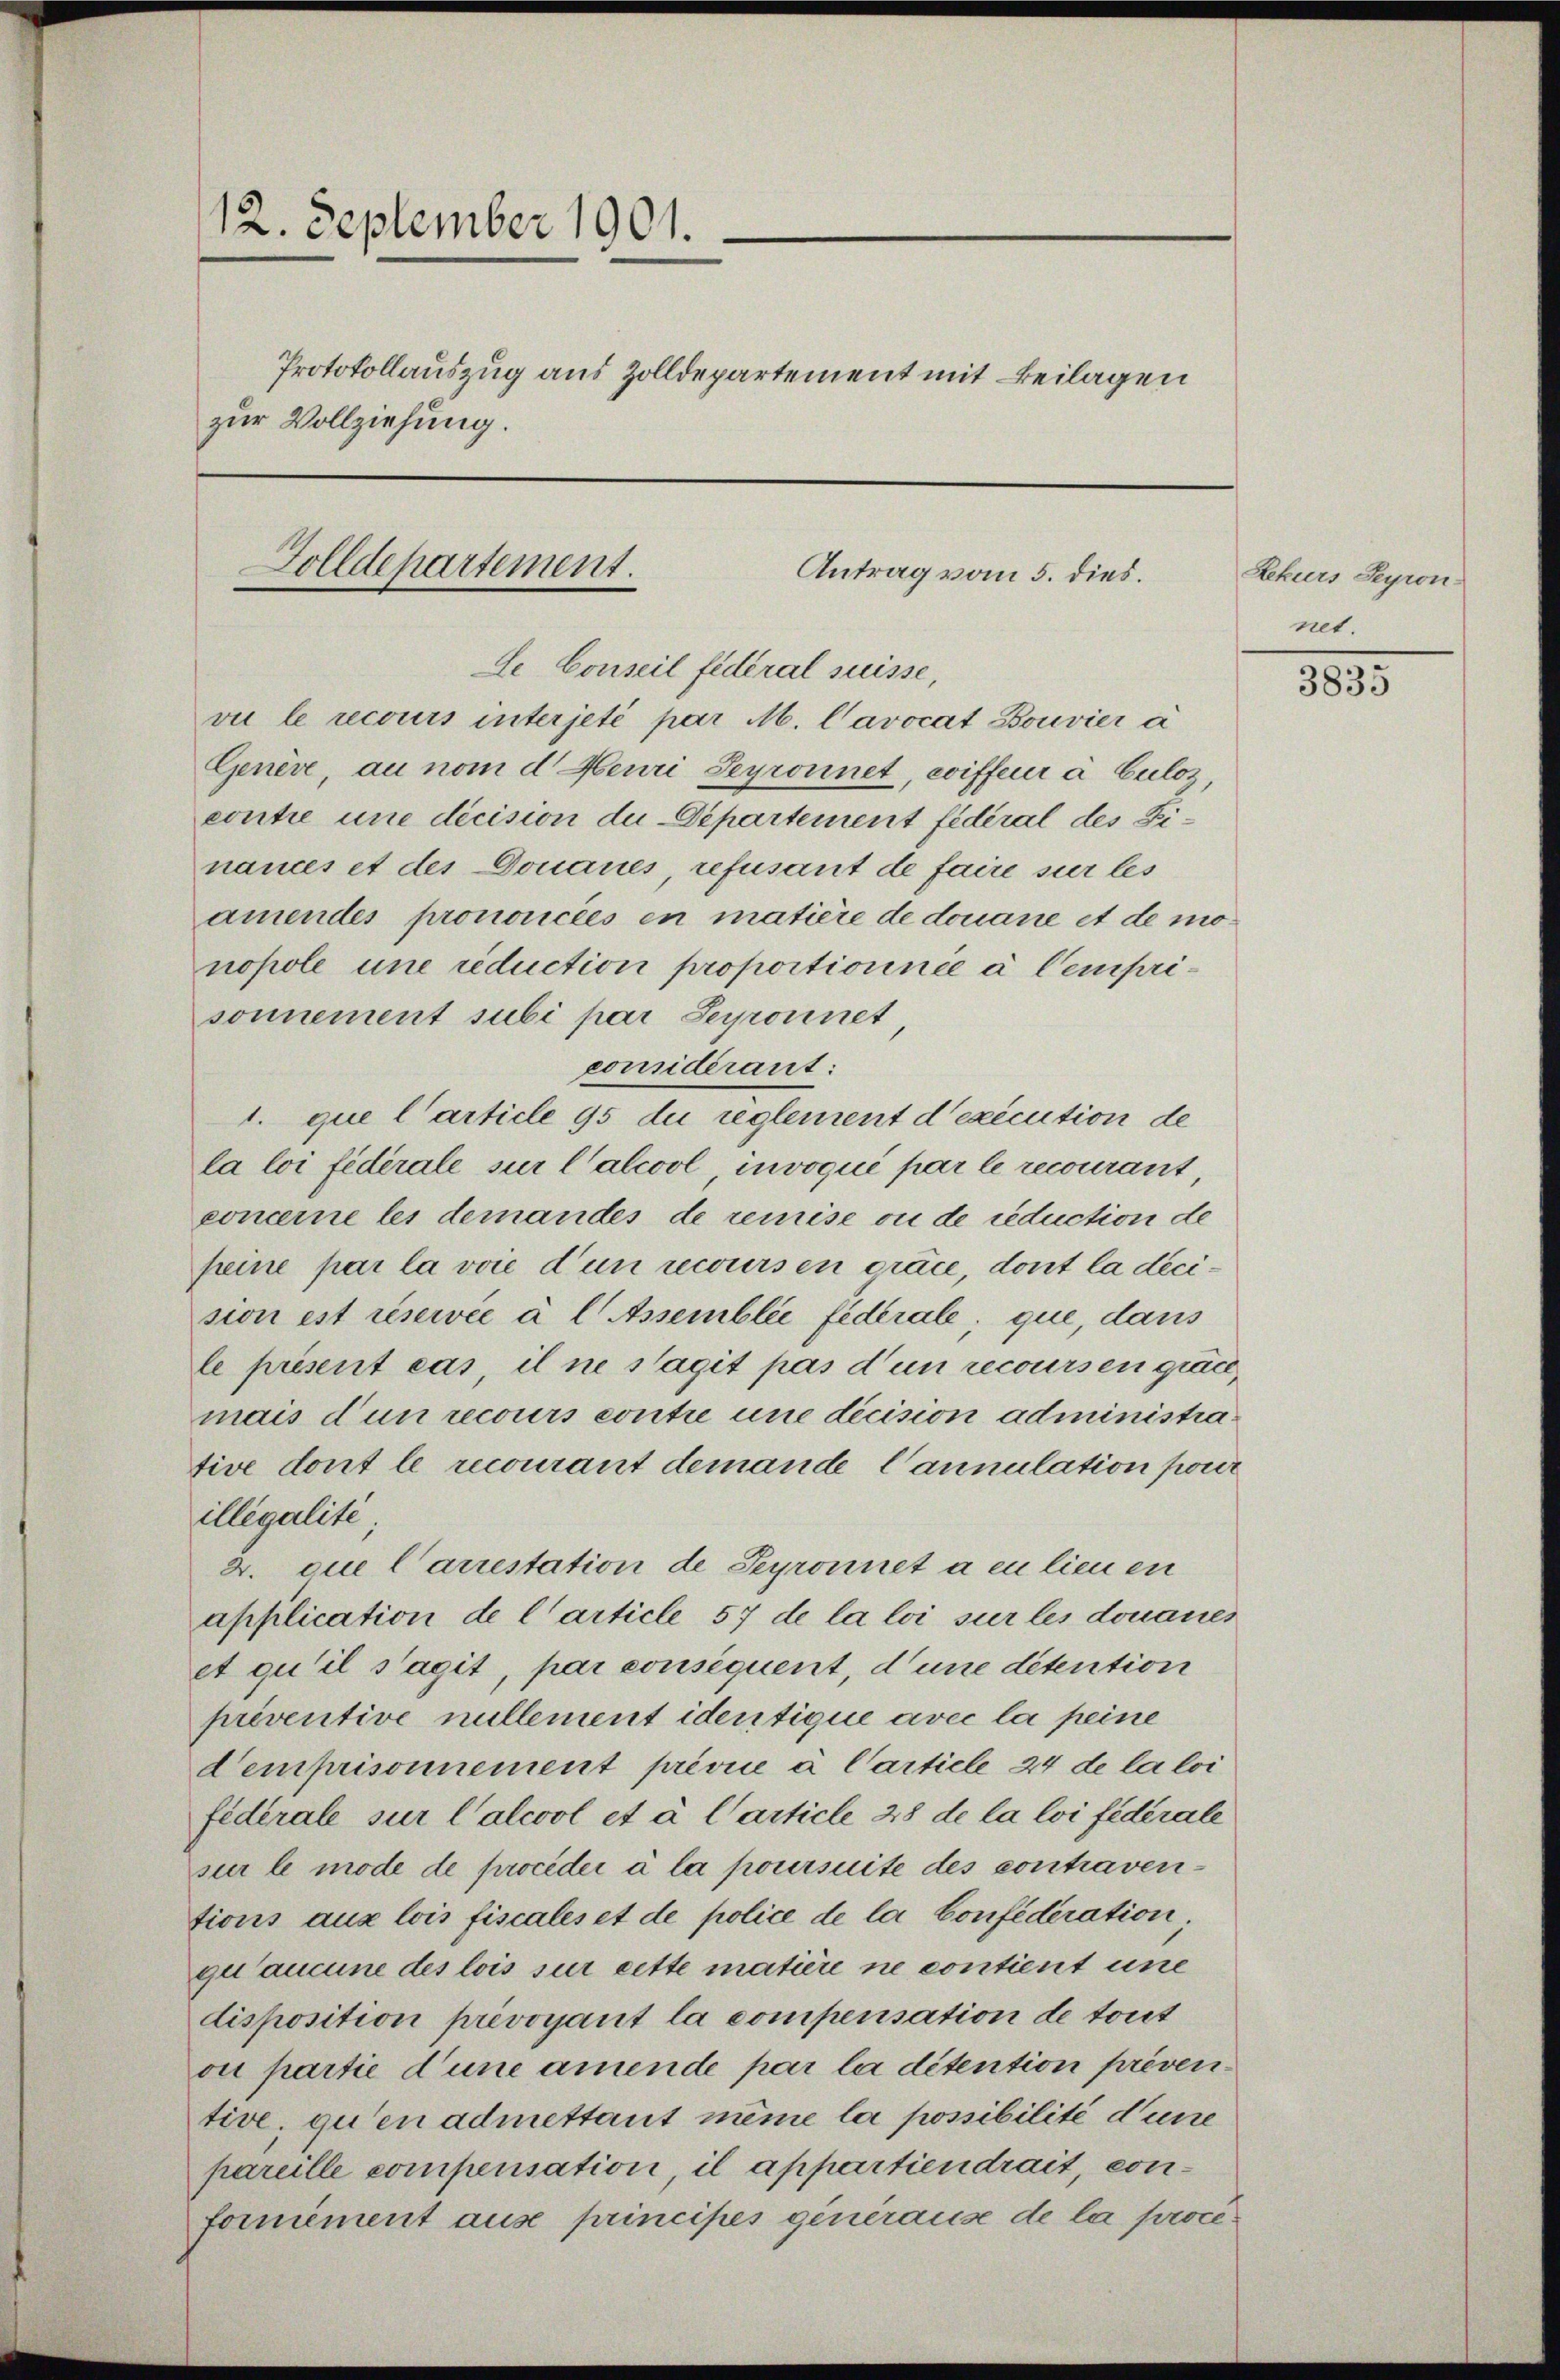
12. September 1901.
Protokollauszug aus Zolldepartement mit Beilagen
zur Vollziehung.
Golldepartement.
Antrag vom 5. dies.

Genève, au nom d. Heuri, Seyronnet, coiffeur à Culoz,
contie une décision du Departement fédéral des Dinances et des Donaues, refusant de faire sur les
amendes prononcées en matière de douane et de monopole une reduction proportionnée à Cemprisonnement subi par Seyronnet
considerant:
1. que l’article 95 du reglement d’exécution de
la loi fédérale sur l’alcool, invoqué par le recourant,
concerne les demandes de remise ou de reduction de
feine par la voie d’un recours en orace, dont la decision est réservée à l Assemblée federale, que, dans
le présent cas, il ne s’agit pas d’un recoursen gute,
mais dun recours contre une dicision administrative dont le recourant demande Cannulation pour
illegalité
4. que Carrestation de Seyronnet a eu lieu en
application de l’article 57 de la loi sur les donaues
et qu’il s’agit, par consequent, d’une détention
préventive nullement identique avec la peine
Demprisonnement privile à Carticle 24 de la loi
fiderale sur Calcool et à l’article 28 de la loi fédérale
sur le mode de procéder à la poursuite des contraventions aux lois fiscales et de police de la Confederation
qu’aucune des lois sur cette matière ne contient une
disposition prevoyant la compensation de tout
ou partie d’une amende par la détention préventive, qu’en admettant même la possibilité d’une
pareille compensation, il appartiendrait, conformement ause principes generause de la proce¬

Le Conseil fidéral suisse,
vu le recours interjeté par M. Cavocat Bouvier à

Rekurs Seyron-
net.

3835